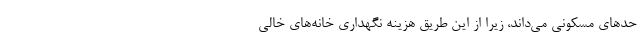
حد‌های مسکونی می‌داند، زیرا از این طریق هزینه نگهداری خانه‌های خالی